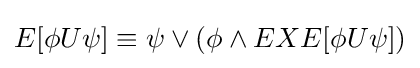
E[\phi U\psi ]\equiv \psi \lor (\phi \land EXE[\phi U\psi ])